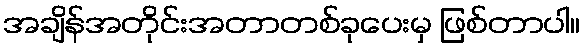
အချိန်အတိုင်းအတာတစ်ခုပေးမှ ဖြစ်တာပါ။